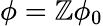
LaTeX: \phi=\mathbb{Z}\phi_{0}